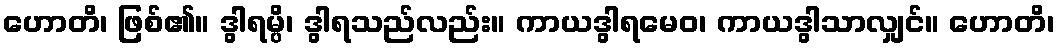
ဟောတိ၊ ဖြစ်၏။ ဒွါရမ္ပိ၊ ဒွါရသည်လည်း။ ကာယဒွါရမေဝ၊ ကာယဒွါသာလျှင်။ ဟောတိ၊